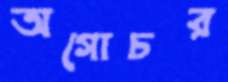
অগোচর